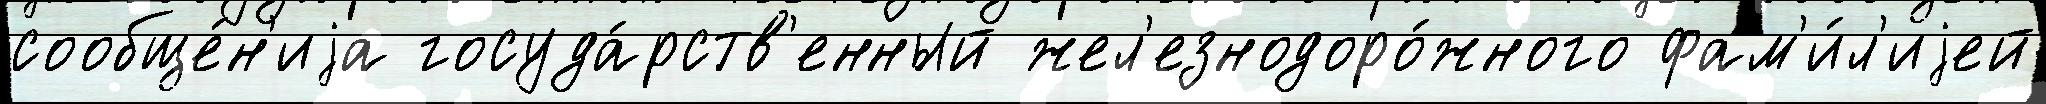
сообще́н'иjа госуда́рств'енный жел'езнодоро́жного фам'и́л'иjей